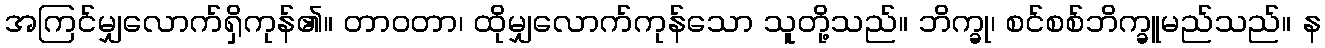
အကြင်မျှလောက်ရှိကုန်၏။ တာဝတာ၊ ထိုမျှလောက်ကုန်သော သူတို့သည်။ ဘိက္ခု၊ စင်စစ်ဘိက္ခူမည်သည်။ န